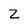
Character: Z